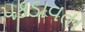
પકડાવતા